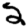
Digit: 2